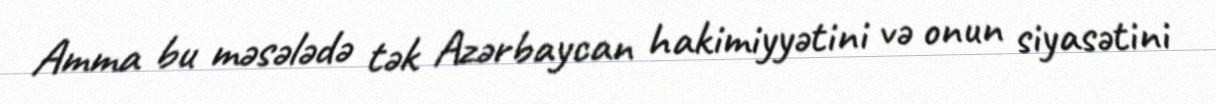
Amma bu məsələdə tək Azərbaycan hakimiyyətini və onun siyasətini